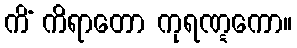
ကိံ ကိရာတော ကုရဏ္ဋကော။